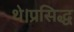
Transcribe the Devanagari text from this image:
थे।प्रसिद्ध